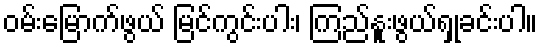
ဝမ်းမြောက်ဖွယ် မြင်ကွင်းပါး၊ ကြည်နူးဖွယ်ရှုခင်းပါ။